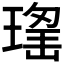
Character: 𱯗